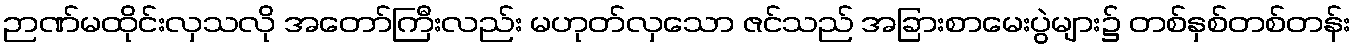
ဉာဏ်မထိုင်းလှသလို အတော်ကြီးလည်း မဟုတ်လှသော ဇင်သည် အခြားစာမေးပွဲများ၌ တစ်နှစ်တစ်တန်း